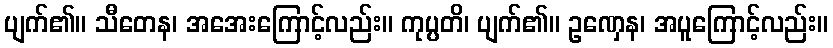
ပျက်၏။ သီတေန၊ အအေးကြောင့်လည်း။ ကုပ္ပတိ၊ ပျက်၏။ ဥဏှေန၊ အပူကြောင့်လည်း။